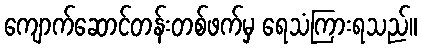
ကျောက်ဆောင်တန်းတစ်ဖက်မှ ရေသံကြားရသည်။